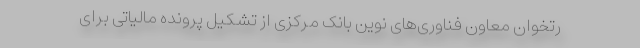
رتخوان معاون فناوری‌های نوین بانک مرکزی از تشکیل پرونده مالیاتی برای